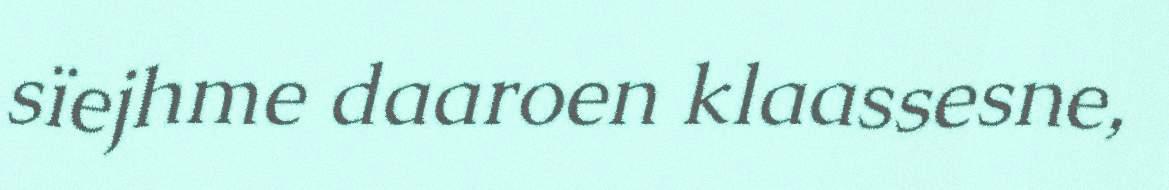
sïejhme daaroen klaassesne,